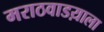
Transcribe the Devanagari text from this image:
मराठवाडय़ाला